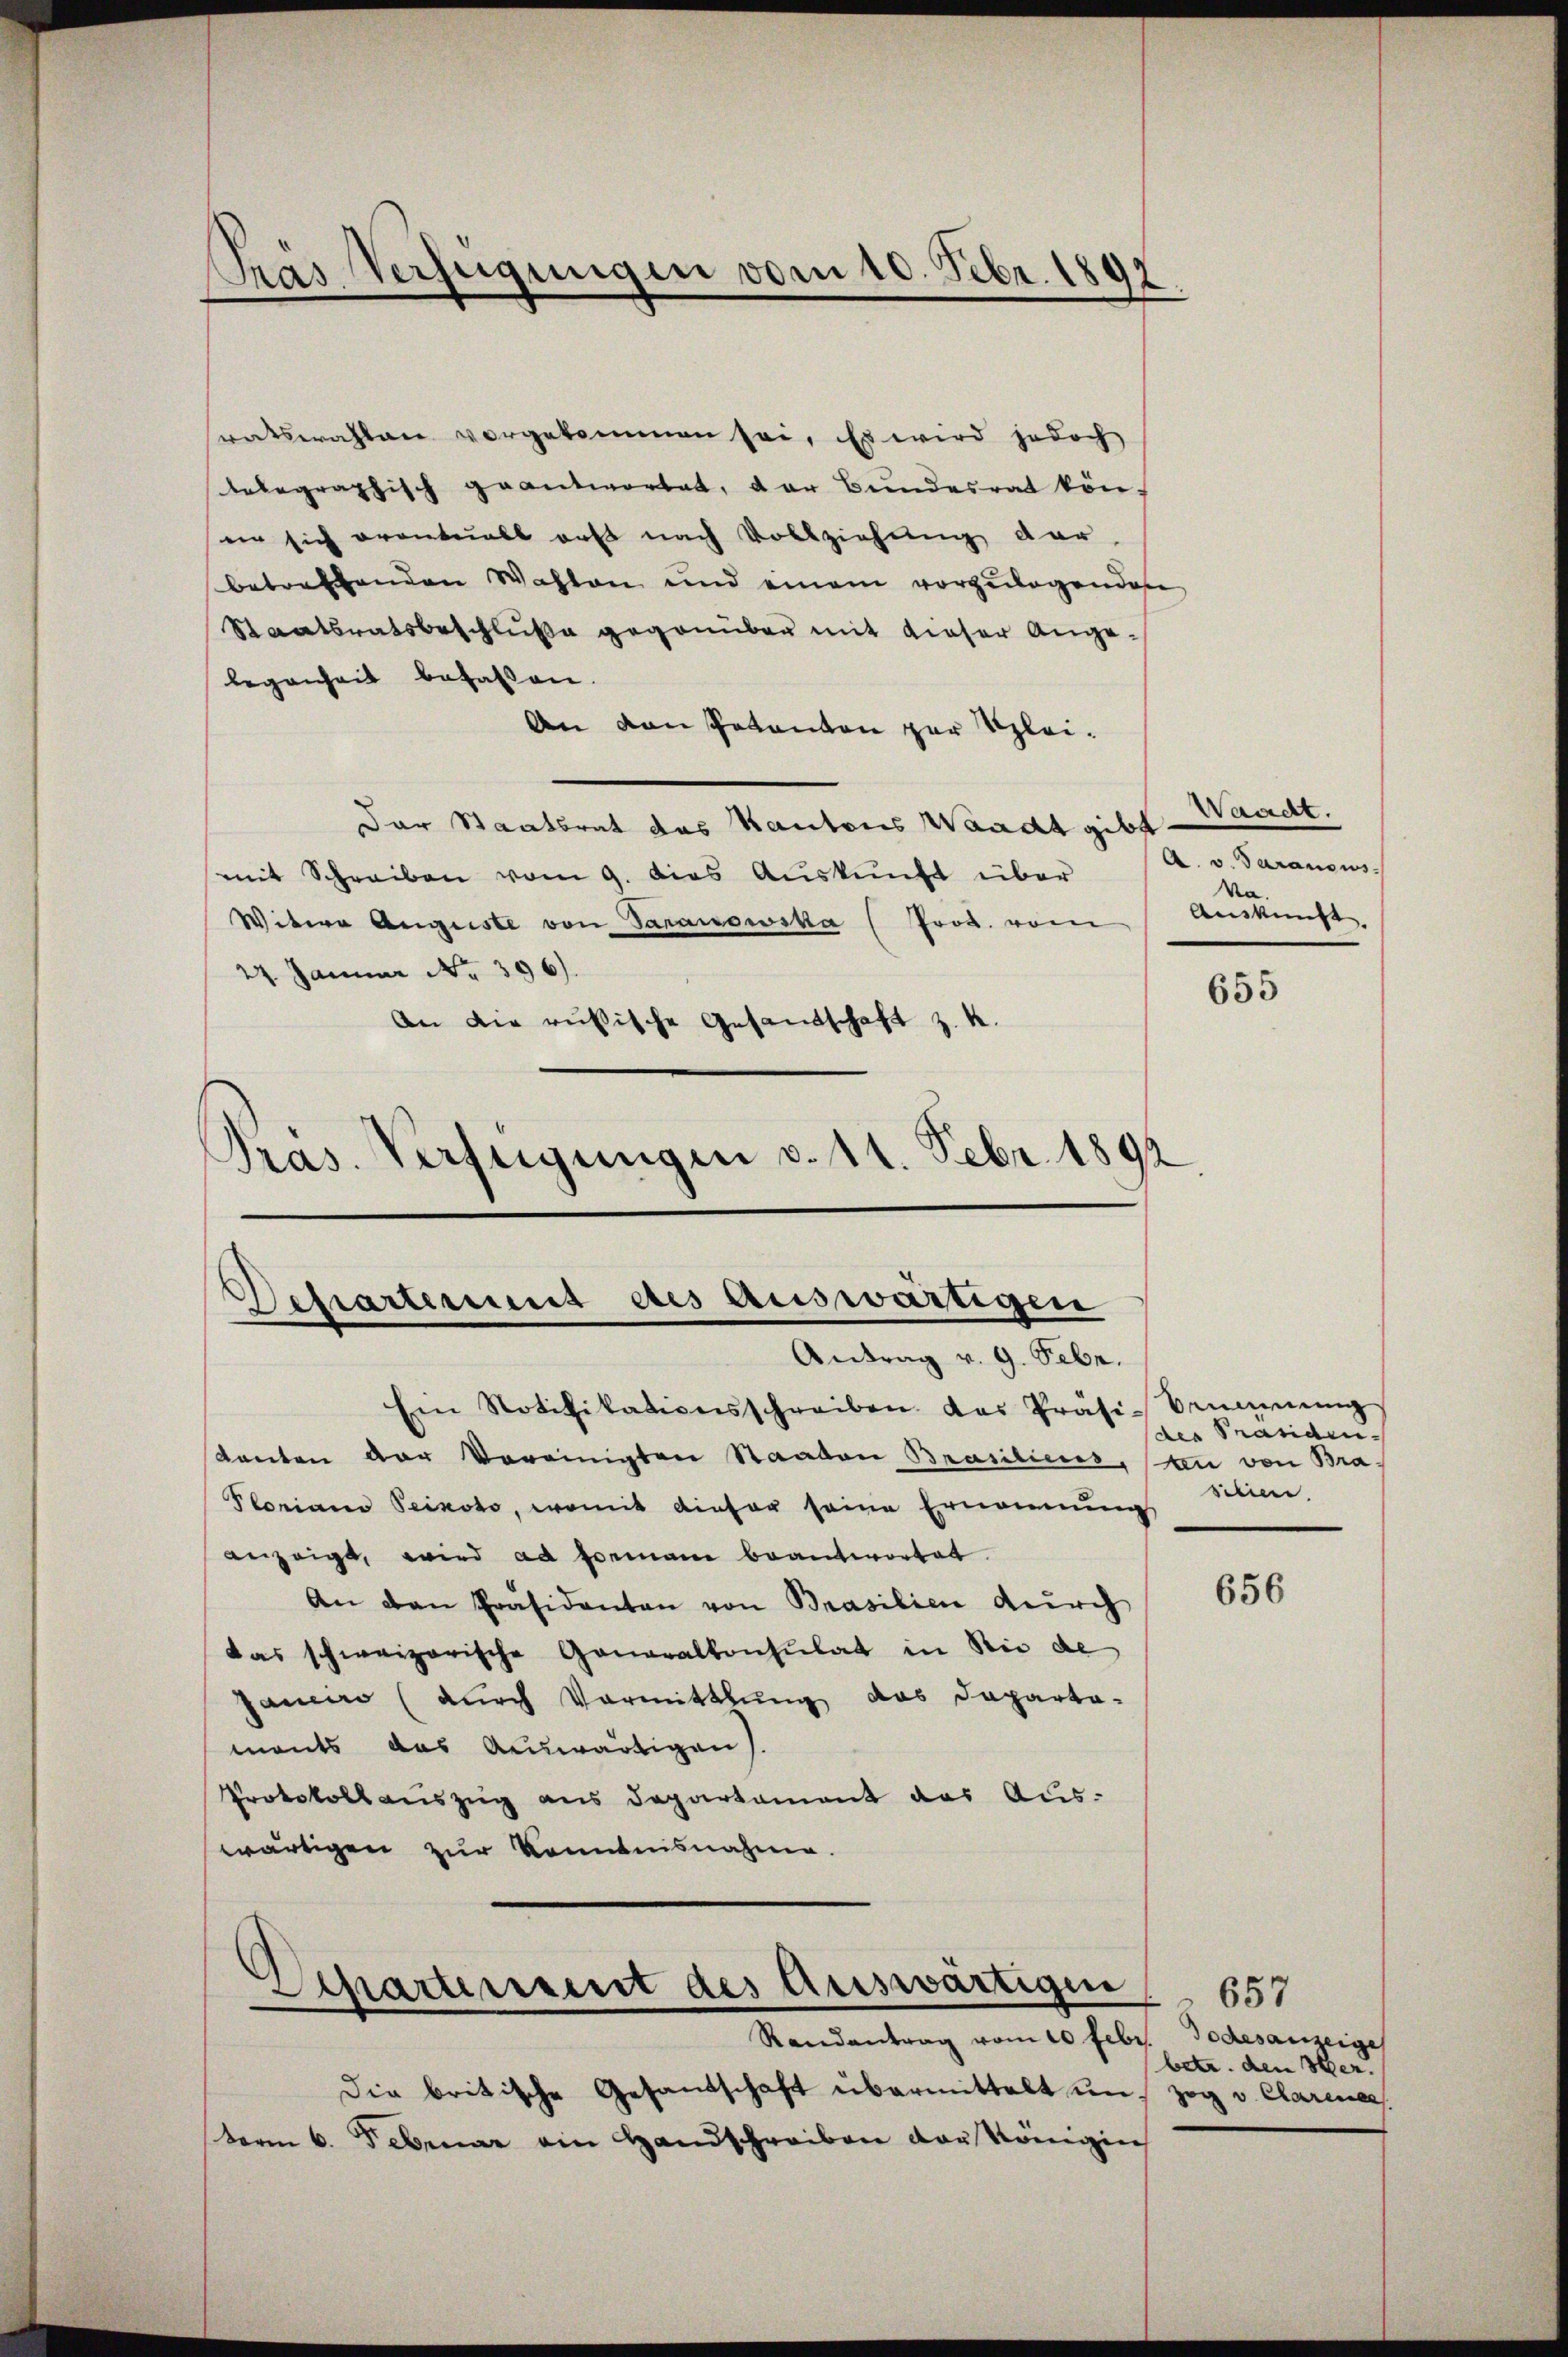
Pras Verfügungen vom 10. Febr. 1892.

werkswahlen vorgekommen sei. Es wird jedoch
Telegraphisch geantwortet, der Bundesrat könee sich oranteilt erst nach Vollziehung der
betreffenden Wahlen und einem vorzulegenden
Staatsratsbeschluße gegenüber mit dieser Angelegenheit befassen.
An den Potanton zur Klei¬
Der Staatsrat das Kantons Waadt gibt
mit Schreiben vom 9. dies Auskunft über
Witere Auguste von Saranowska (Prod. vom
24. Januar Nr. 396).
An die russische Gesandschaft z. K.
Pras. Verfügungen v. 14. Febr. 1892

5
Departement des Auswärtigen
Antrag v. 9. Febr.

Ein Notifikationsschreiben das Präsi- Benŭngs
kanton der Vereinigten Staaten Brasiliens, an von Bra¬
Ploriano Peikoto, womit dieser seine Ernennung
anzeigt, wird ad Formann beantwortet.
An den Präsidenten von Brasilien durch
das schweizerische Generalkonsulat in die de
Janeiro (durch Vormittlung das Departa-
monts das Auswärtigen).
Protokollauszug aus Departement das Aus-
wärtigen zur Kenntnisnahme.

Departement des Auswärtigen
Randantrag vom 10 Febr. Todesanzeige

Die britische Gesandschaft übermittelt und zog v. Clarene
term 6. Februar ein Handschreiben vor Königin

Waadt.
A. v. Saransis
Na.
Auskunft,

655

des Präsidensilien.

656

657
betr. den Her